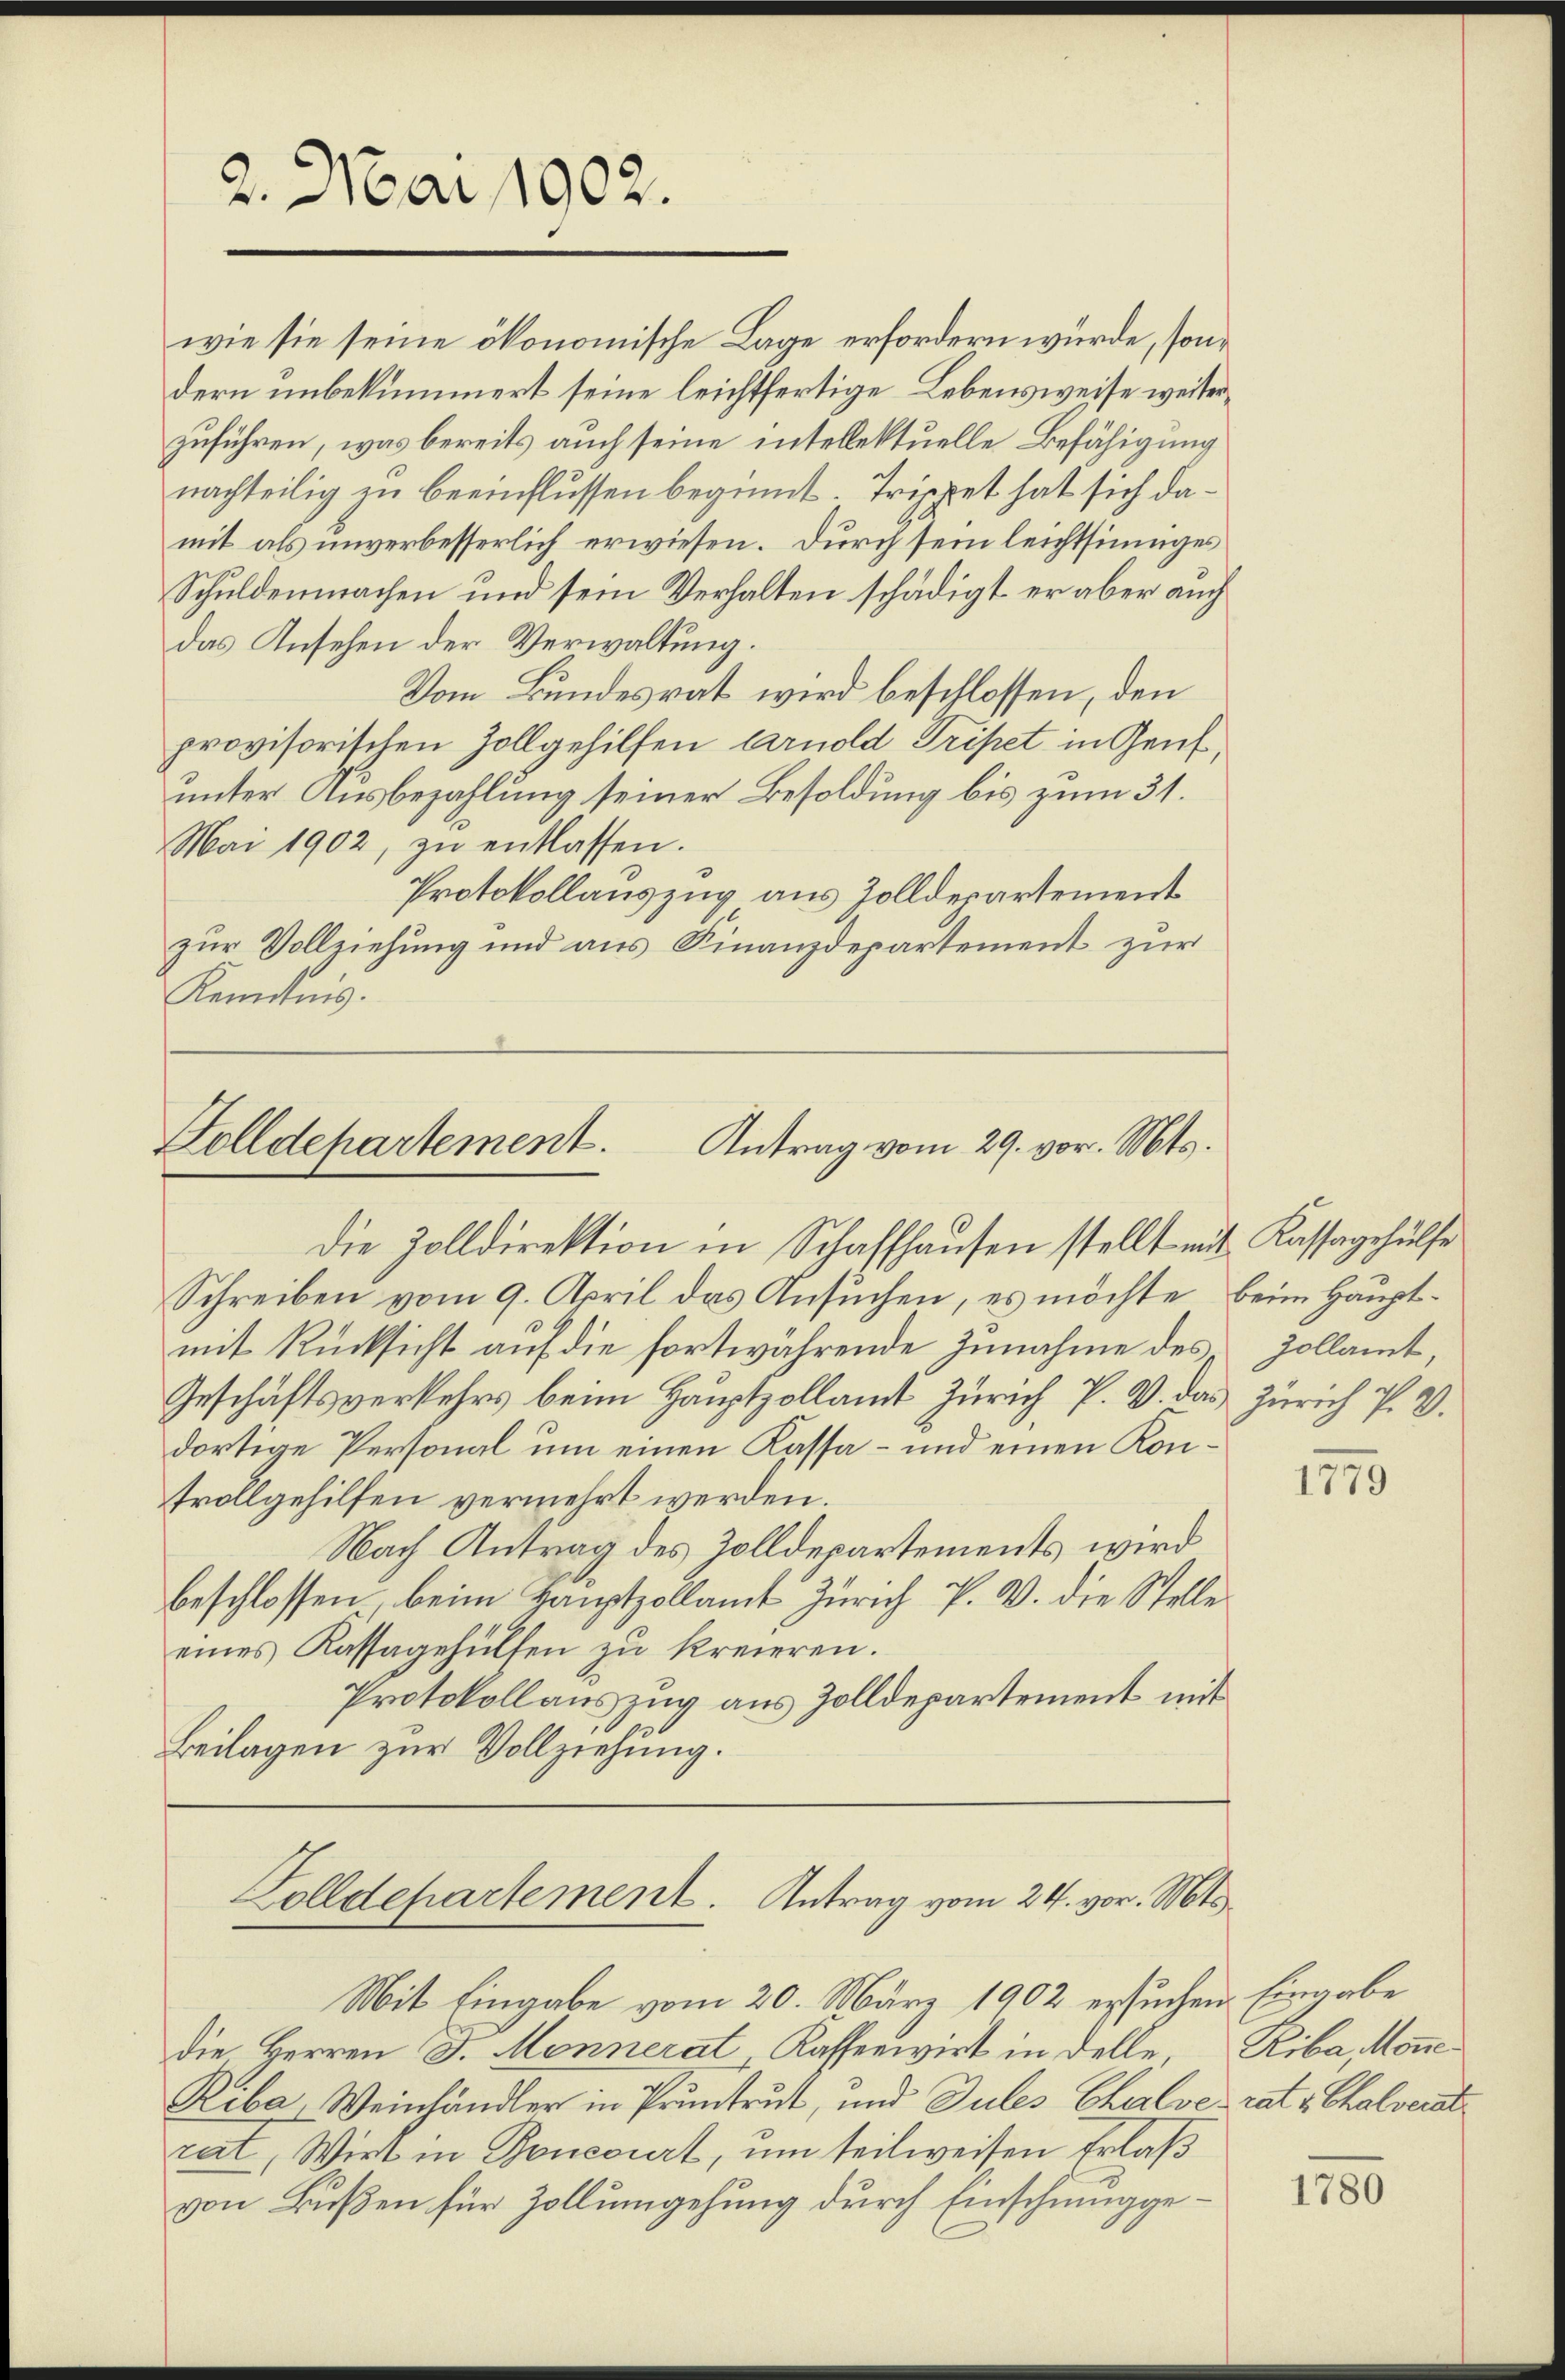
2. Mai 1902.

zuführen, was bereits auch seine intellektuelle Befähigung
nachteilig in beeinflussen beginnt. Trippet hat sich damit als unverbesserlich erwiesen. Durch sein leichtsinniges
Schuldenmachen und sein Verhalten schädigt er aber auch
das Ansehen der Verwaltung.
Vom Bundesrat wird beschlossen, den
provisorischen Zollgehilfen Arnold Tripet in Genf,
unter Ausbezahlung seiner Besoldung bis zum 31.
Mai 1902, zŭ entlassen.
Protokollauszug aus Zolldepartement
zur Vollziehung und aus Finanzdepartement zur
Kenntnis.

Golldepartement. Antrag vom 29. vor. Mts.
Die Zolldirektion in Schaffhausen stellt mit Kassagehülfe

wie sie seine ökonomische Lage erfordern würde, sondern unbekümmert seine leichtfertige Lebensweise weiter¬

Schreiben vom 9. April das Ansuchen, es möchte beim Hauptmit Rücksicht auf die fortwährende Zunahme des Zollamt,
Geschäftsverkehrs beim Hauptzollamt Zürich P. V. das Zürich P. V.
dortige Personal um einen Kassa – und einen Kontvollgehilfen vermehrt werden.
Nach Antrag des Zolldepartements wird
beschlossen, beim Hauptzollamt Zürich P. V. die Stelle
eines Kassagehülfen zu kreieren.
Protokollauszug aus Zolldepartement mit
Beilagen zur Vollziehung.

Zolldepartement. Antrag vom 24. vor. Mts.

Mit Eingabe vom 20. März 1902 ersuchen Eingabe
die Herren D. Mennerat Kassenwirt in delle, Riba, Mone
Riba, Weinhändler in Pruntrut, und Sules Chalverat v. Chalverst
rat, Wirt in Roncourt, um teilweisen Erlaß
von Bußen für Zollumgehung durch Einschmugge¬

1779

1780